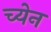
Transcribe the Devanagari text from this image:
च्येन